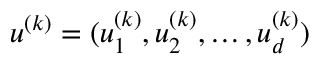
{ \boldsymbol { u } } ^ { ( k ) } = ( u _ { 1 } ^ { ( k ) } , u _ { 2 } ^ { ( k ) } , \ldots , u _ { d } ^ { ( k ) } )